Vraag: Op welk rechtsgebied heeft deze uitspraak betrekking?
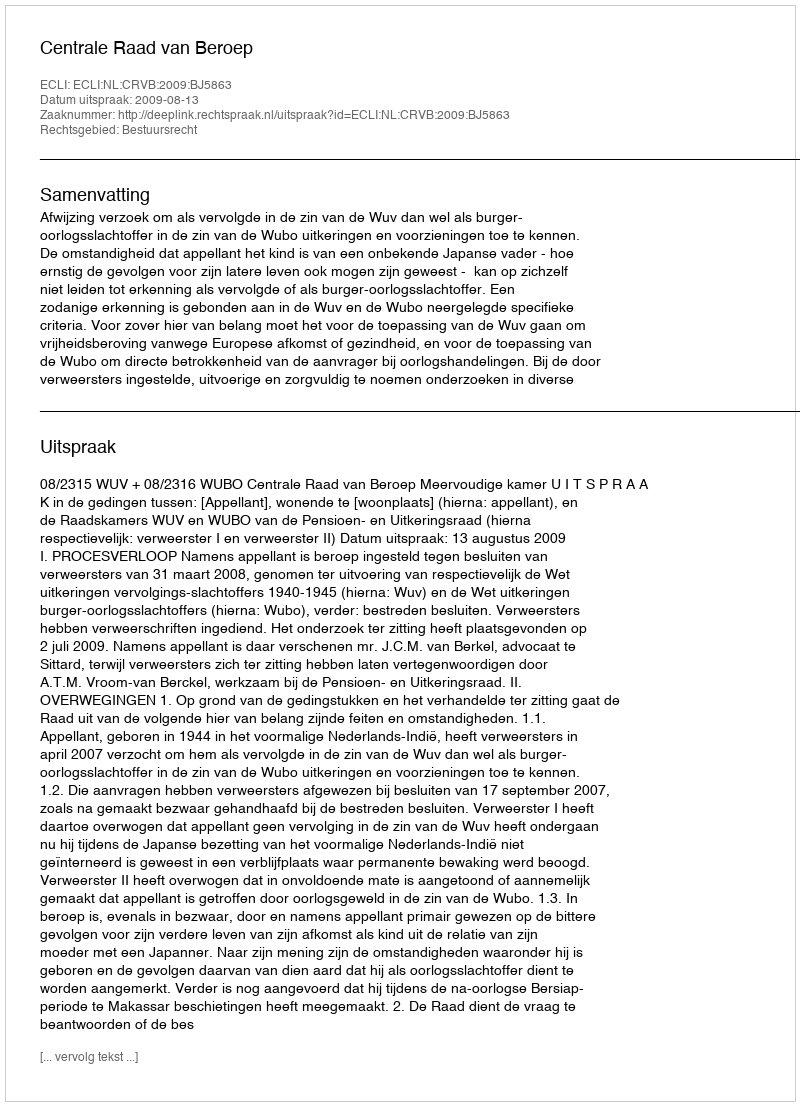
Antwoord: Bestuursrecht